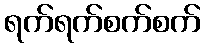
ရက်ရက်စက်စက်